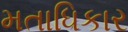
મતાધિકાર